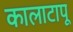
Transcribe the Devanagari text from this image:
कालाटापू